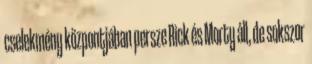
cselekmény központjában persze Rick és Morty áll, de sokszor